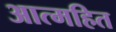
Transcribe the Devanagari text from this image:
आत्महित